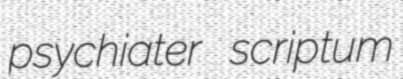
psychiater scriptum